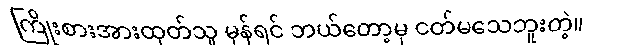
ကြိုးစားအားထုတ်သူ မှန်ရင် ဘယ်တော့မှ ငတ်မသေဘူးတဲ့။